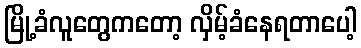
မြို့ခံလူတွေကတော့ လှိမ့်ခံနေရတာပေါ့